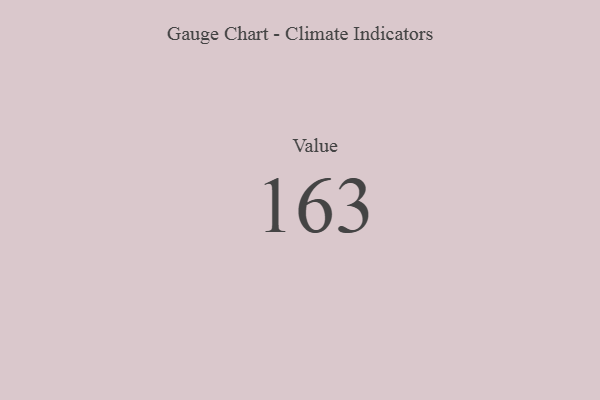
{"axis": {"x": "Metric", "y": "Value"}, "legend": [""], "data": [{"x": "Value", "y": 163, "type": ""}]}